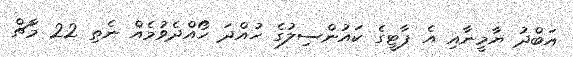
އަބްދު ޔާމީނާއި އެ ޕާޓީގެ ކައުންސިލުގެ ހުއްދަ ހޯއްދެވުމެއް ނެތި 22 މާޗް